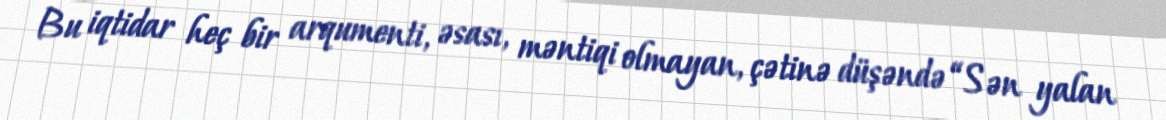
Bu iqtidar heç bir arqumenti, əsası, məntiqi olmayan, çətinə düşəndə “Sən yalan